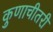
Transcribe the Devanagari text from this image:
कुणाचीतरी